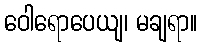
ဝေါရောပေယျ၊ မချရာ။